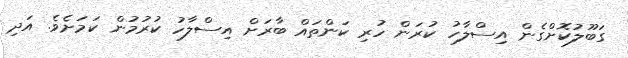
ގަބޫލުކޮށްގެން އިސްލާހު ކުރަން ހުރި ކަންތައް ބާރަށް އިސްލާހު ކުރުމުން ކަމަށެވެ. އަދި